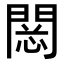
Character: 𨴮